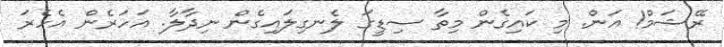
ރޭޝަމް! އަން. މި ކައިގެން މިތާ ސިޑީގަ ލެނގިލައިގެން ނިދާލާ. އަހަރެން އެހެރަ